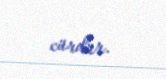
cürdür.